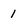
Character: 1